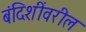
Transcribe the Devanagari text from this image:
बंदिशींवरील